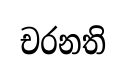
චරනති